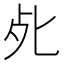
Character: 𭭾